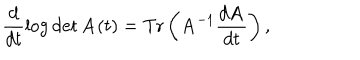
\frac d { d t } \log \det { \bf A } ( t ) = \mathrm { T } \mathrm { r } \left( { \bf A } ^ { - 1 } \frac { d { \bf A } } { d t } \right) ,